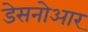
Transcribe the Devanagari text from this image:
डेसनोआर